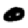
Digit: 0